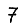
Digit: 7